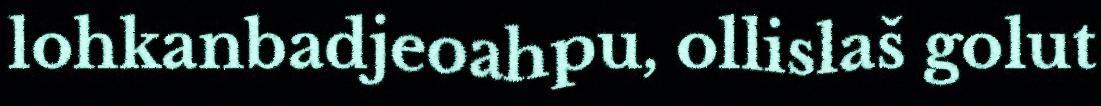
lohkanbadjeoahpu, ollislaš golut